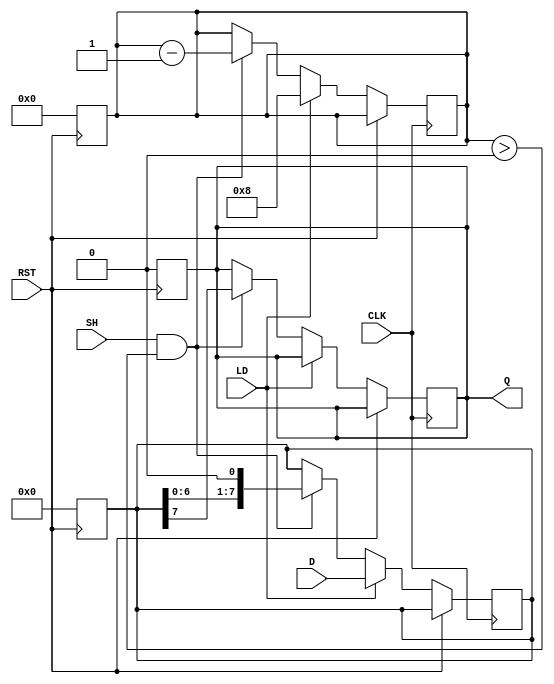
module PISO_Register #(
    parameter WIDTH = 8  // Configurable width of the input data
)(
    input wire [WIDTH-1:0] D,  // Parallel input data
    input wire LD,              // Load signal
    input wire SH,              // Shift signal
    input wire CLK,             // Clock signal
    input wire RST,             // Reset signal
    output reg Q                // Serial output
);

    reg [WIDTH-1:0] shift_reg;  // Shift register to hold the data
    reg [3:0] bit_count;         // Counter to track number of bits shifted out

    // Asynchronous reset
    always @(posedge RST) begin
        shift_reg <= {WIDTH{1'b0}}; // Clear the shift register
        Q <= 1'b0;                  // Clear the output
        bit_count <= 4'b0;          // Reset bit counter
    end

    // Sequential logic for loading and shifting
    always @(posedge CLK) begin
        if (RST) begin
            // Do nothing, already reset
        end else begin
            if (LD) begin
                // Load data into the shift register
                shift_reg <= D;
                bit_count <= WIDTH;  // Set bit count to the width of the data
            end else if (SH && bit_count > 0) begin
                // Shift data out serially
                Q <= shift_reg[WIDTH-1]; // Output the MSB
                shift_reg <= shift_reg << 1; // Shift left
                bit_count <= bit_count - 1; // Decrement bit count
            end
        end
    end

endmodule